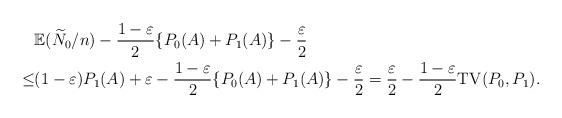
LaTeX: \begin{align*} & \mathbb{E} (\widetilde{N}_0 /n) - \frac{1-\varepsilon}{2}\{P_0(A)+P_1(A)\} - \frac{\varepsilon}{2} \\ \leq & (1-\varepsilon)P_1(A) + \varepsilon - \frac{1-\varepsilon}{2}\{P_0(A)+P_1(A)\} - \frac{\varepsilon}{2} = \frac{\varepsilon}{2} - \frac{1-\varepsilon}{2} \mathrm{TV}(P_0,P_1).\end{align*}